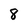
Character: 8